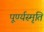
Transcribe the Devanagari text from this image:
पूर्ण्यस्मृति